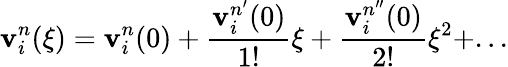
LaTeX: \boldsymbol{\mathbf{v}}_{i}^{n}(\xi)=\boldsymbol{\mathbf{v}}_{i}^{n}(0)+\frac{{\boldsymbol{\mathbf{v}}_{i}^{n^{\prime}}(0)}}{{1!}}\xi+\frac{{\boldsymbol{\mathbf{v}}_{i}^{n^{\prime\prime}}(0)}}{{2!}}\xi^{2}+...